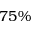
7 5 \%